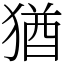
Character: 猶